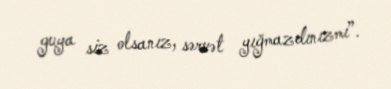
guya siz olsanız, sərvət yığmazdınızmı”.